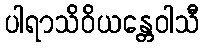
ပါရာသိဝိယန္တေဝါသီ